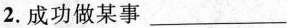
2.成功做某事 ___